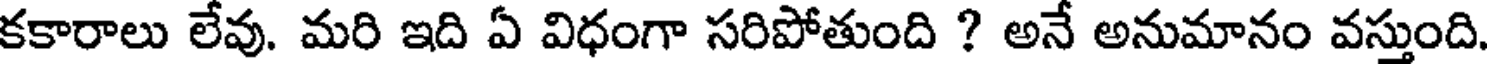
కకారాలు లేవు. మరి ఇది ఏ విధంగా సరిపోతుంది ? అనే అనుమానం వస్తుంది